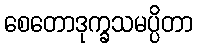
စေတောဒုက္ခသမပ္ပိတာ